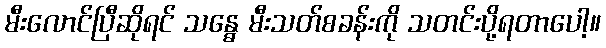
မီးလောင်ပြီဆိုရင် သန္ဓေ မီးသတ်စခန်းကို သတင်းပို့ရတာပေါ့။